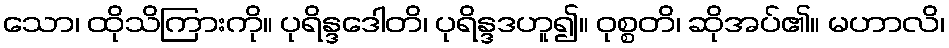
သော၊ ထိုသိကြားကို။ ပုရိန္ဒဒေါတိ၊ ပုရိန္ဒဒဟူ၍။ ဝုစ္စတိ၊ ဆိုအပ်၏။ မဟာလိ၊